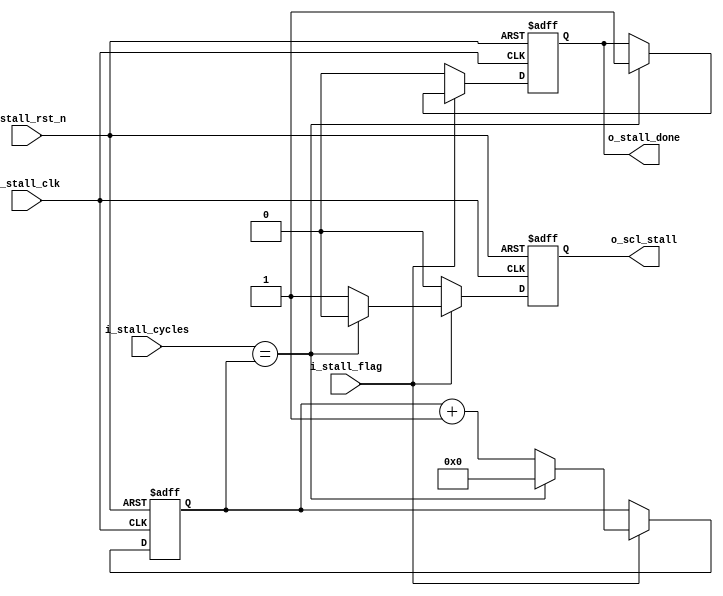
module scl_staller(
input wire       i_stall_clk ,
input wire       i_stall_rst_n,
input wire       i_stall_flag,
input wire [4:0] i_stall_cycles,
output reg       o_stall_done,
output reg       o_scl_stall
    );
    
 reg [4:0] count = 5'b0 ;
    
always@(posedge i_stall_clk or negedge i_stall_rst_n)
 begin 
  if(~i_stall_rst_n)
    begin 
      o_scl_stall <= 1'b0 ;
      count <= 5'b0 ;
	  o_stall_done <= 1'b0;
    end
  else if(i_stall_flag)
    begin
      if (i_stall_cycles == count)  
        begin
            o_scl_stall <= 1'b0 ;
            count <= 5'b0 ;
            o_stall_done <= 1'b1;
        end        
      else 
        begin      
            o_scl_stall <= 1'b1 ; 
            count <= count + 5'b1 ;
        end
    end
	
	else 
	begin
		o_stall_done <= 1'b0;
		o_scl_stall <= 1'b0 ;
	end
		
  end
    
endmodule